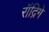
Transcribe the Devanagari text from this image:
रॉद्रिगे